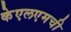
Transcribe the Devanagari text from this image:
केएलएमची